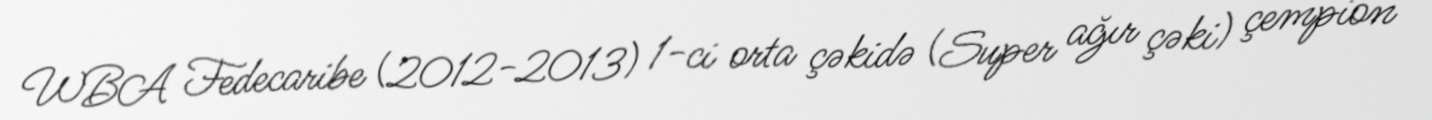
WBA Fedecaribe (2012-2013) 1-ci orta çəkidə (Super ağır çəki) çempion